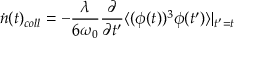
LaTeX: \dot { n } ( t ) _ { c o l l } = - \frac { \lambda } { 6 \omega _ { 0 } } \frac { \partial } { \partial t ^ { \prime } } \langle ( \phi ( t ) ) ^ { 3 } \phi ( t ^ { \prime } ) \rangle | _ { t ^ { \prime } = t }